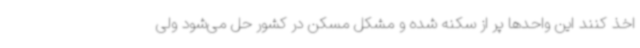
اخذ کنند این واحدها پر از سکنه شده و مشکل مسکن در کشور حل می‌شود ولی